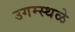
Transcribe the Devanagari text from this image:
उगम्स्थळे